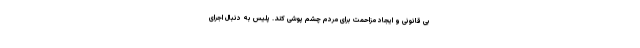
بی قانونی و ایجاد مزاحمت برای مردم چشم پوشی کند. پلیس به دنبال اجرای